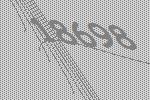
18698